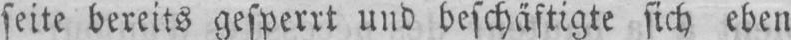
seite bereits gesperrt und beschäftigte sich eben